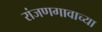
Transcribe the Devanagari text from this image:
रांजणगावाच्या